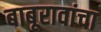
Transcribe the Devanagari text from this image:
बाबूरावांचा